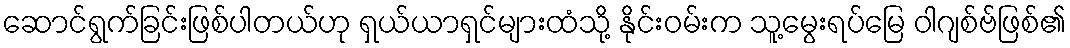
ဆောင်ရွက်ခြင်းဖြစ်ပါတယ်ဟု ရှယ်ယာရှင်များထံသို့ နိုင်းဝမ်းက သူ့မွေးရပ်မြေ ဝါဂျစ်ဗ်ဖြစ်၏